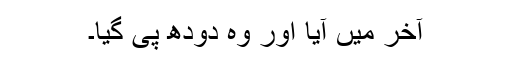
آخر میں آیا اور وہ دودھ پی گیا۔